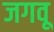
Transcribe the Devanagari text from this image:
जगवू